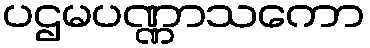
ပဌမပဏ္ဏာသကော